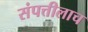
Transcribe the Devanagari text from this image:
संपत्तीलाच